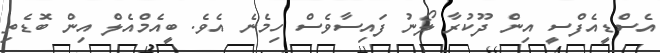
އެސްޑީއެފްސީ އިން ދޫކުރާ ލޯނު ފައިސާވެސް ހިމެނެ އެވެ. ބީއެމްއެލް އިން ބޮޑެތި